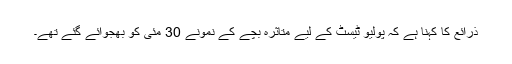
ذرائع کا کہنا ہے کہ پولیو ٹیسٹ کے لیے متاثرہ بچے کے نمونے 30 مئی کو بھجوائے گئے تھے۔